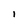
Character: I